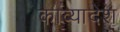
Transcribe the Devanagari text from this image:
काव्यादेश